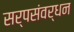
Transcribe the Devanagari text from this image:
सर्पसंवर्धन